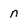
Character: n